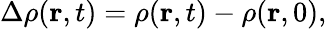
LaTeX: \begin{array}{r}{\Delta\rho(\mathbf{r},t)=\rho(\mathbf{r},t)-\rho(\mathbf{r},0),}\end{array}